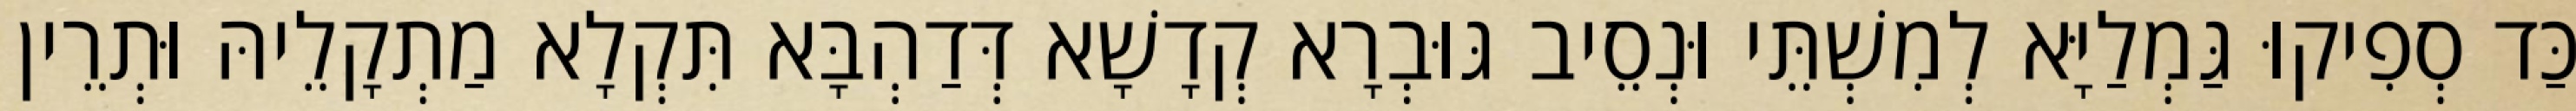
כַּד סְפִיקוּ גַּמְלַיָּא לְמִשְׁתֵּי וּנְסֵיב גּוּבְרָא קְדָשָׁא דְּדַהְבָּא תִּקְלָא מַתְקָלֵיהּ וּתְרֵין